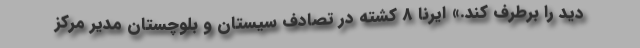
دید را برطرف کند.» ایرنا 8 کشته در تصادف سیستان و بلوچستان مدیر مرکز